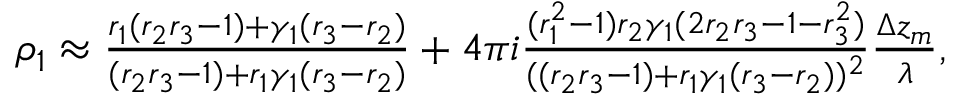
\begin{array} { r } { \rho _ { 1 } \approx \frac { r _ { 1 } ( r _ { 2 } r _ { 3 } - 1 ) + \gamma _ { 1 } ( r _ { 3 } - r _ { 2 } ) } { ( r _ { 2 } r _ { 3 } - 1 ) + r _ { 1 } \gamma _ { 1 } ( r _ { 3 } - r _ { 2 } ) } + 4 \pi i \frac { ( r _ { 1 } ^ { 2 } - 1 ) r _ { 2 } \gamma _ { 1 } ( 2 r _ { 2 } r _ { 3 } - 1 - r _ { 3 } ^ { 2 } ) } { ( ( r _ { 2 } r _ { 3 } - 1 ) + r _ { 1 } \gamma _ { 1 } ( r _ { 3 } - r _ { 2 } ) ) ^ { 2 } } \frac { \Delta z _ { m } } { \lambda } , } \end{array}